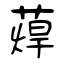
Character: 蔊